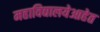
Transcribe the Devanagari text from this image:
महाविद्यालयेआहेत